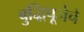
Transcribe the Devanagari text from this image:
बुद्धिपूजेचे